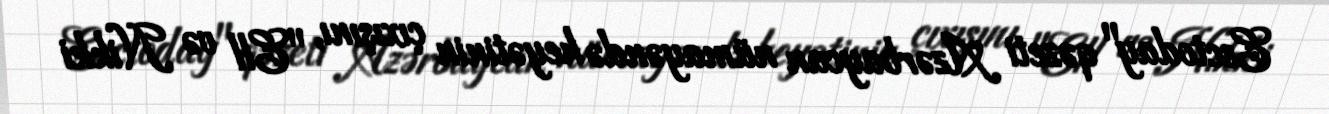
Esctoday" qəzeti Azərbaycan nümayəndə heyətinin çıxışını, "Ell və Nikki